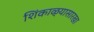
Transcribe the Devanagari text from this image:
शिंकाळ्यासारखा